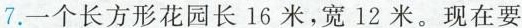
7.一个长方形花园长16米，宽12米。现在要